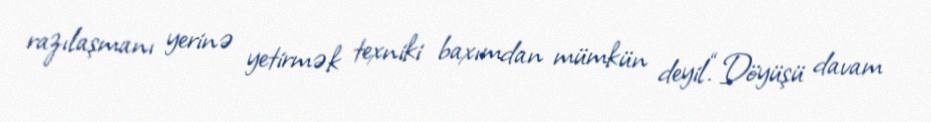
razılaşmanı yerinə yetirmək texniki baxımdan mümkün deyil.“Döyüşü davam